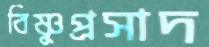
বিষ্ণুপ্রসাদ